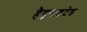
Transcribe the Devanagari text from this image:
हैयूनाइटेड